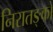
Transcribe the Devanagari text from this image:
निरातङ्को